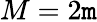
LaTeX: M=2\mathtt{m}